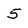
Character: 5